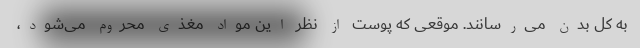
به کل بدن می‌رسانند. موقعی که پوست از نظر این مواد مغذی محروم می‌شود،